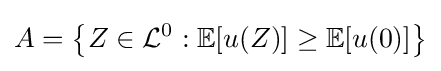
A=\left\{Z\in {\mathcal {L}}^{0}:\mathbb {E} [u(Z)]\geq \mathbb {E} [u(0)]\right\}